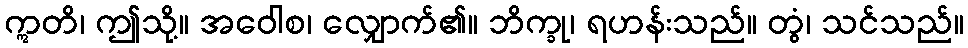
ဣတိ၊ ဤသို့။ အဝေါစ၊ လျှောက်၏။ ဘိက္ခု၊ ရဟန်းသည်။ တွံ၊ သင်သည်။